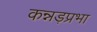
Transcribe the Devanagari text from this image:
कन्नड़प्रभा